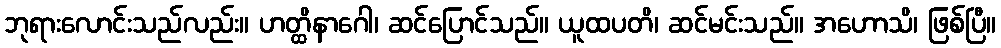
ဘုရားလောင်းသည်လည်း။ ဟတ္ထိနာဂေါ၊ ဆင်ပြောင်သည်။ ယူထပတိ၊ ဆင်မင်းသည်။ အဟောသိ၊ ဖြစ်ပြီ။